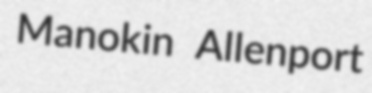
Manokin Allenport